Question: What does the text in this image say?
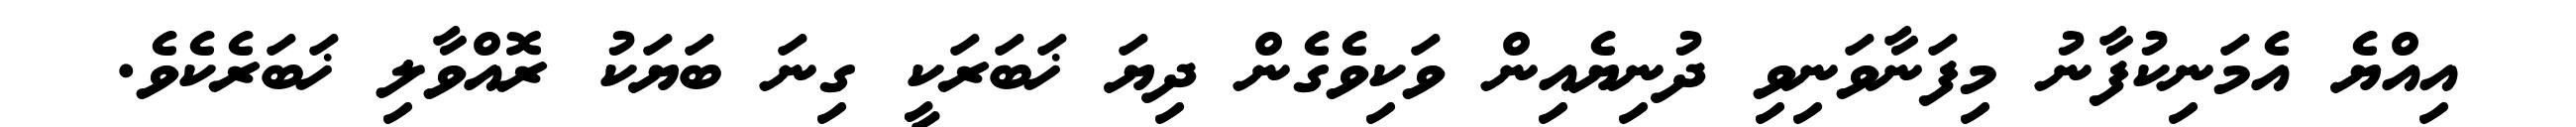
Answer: އިއްޔެ އެމަނިކުފާނު މިފަނާވަނިވި ދުނިޔެއިން ވަކިވެގެން ދިޔަ ޚަބަރަކީ ގިނަ ބަޔަކު ރޮއްވާލި ޚަބަރެކެވެ.